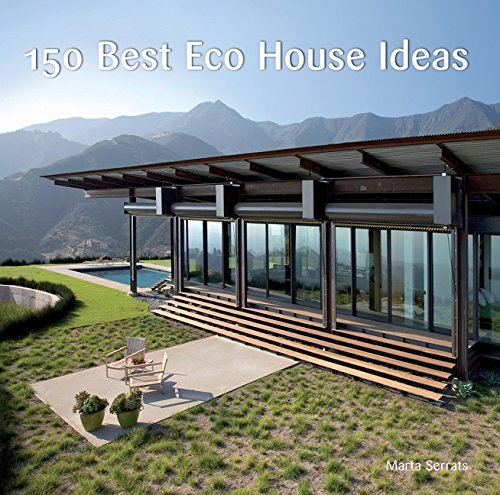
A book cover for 150 Best Eco House Ideas; Marta Serrats; Crafts, Hobbies & Home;